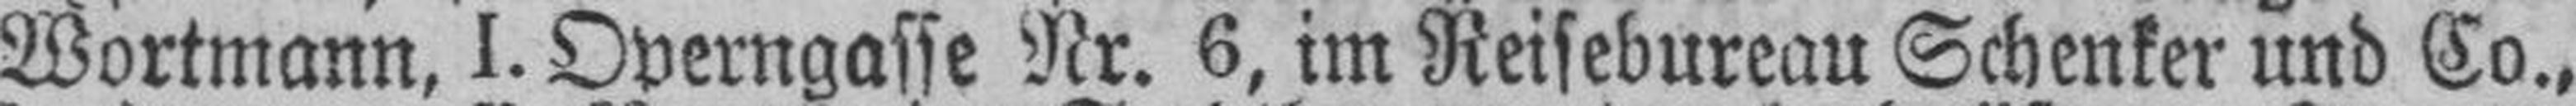
Wortmann, I. Operngasse Nr. 6, im Reisebureau Schenker und Co.,